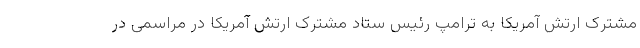
مشترک ارتش آمریکا به ترامپ رئیس ستاد مشترک ارتش آمریکا در مراسمی در